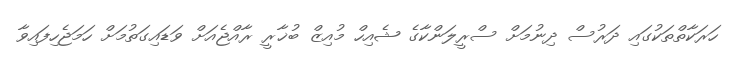
ހަރަކާތްތަކުގައި ދަރުސް ދިނުމަށް ސްރީލަންކާގެ ޝެއިހް މުއިޒް ބުޚާރީ ރާއްޖެއަށް ވަޑައިގަތުމަށް ހަމަޖެހިފައިވާ